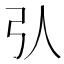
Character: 𢎢